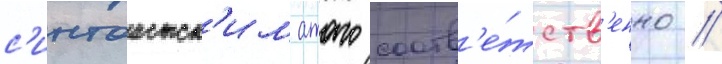
с'интоистск'им атаго соотв'е́тств'енно //